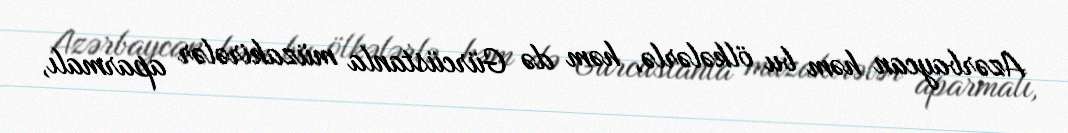
Azərbaycan həm bu ölkələrlə, həm də Gürcüstanla müzakirələr aparmalı,